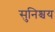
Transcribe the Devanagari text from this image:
सुनिश्चय